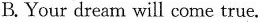
B. Your dream will come true.